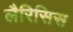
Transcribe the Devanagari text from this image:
लैरिसिस